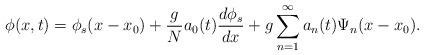
LaTeX: \begin{align*}\phi(x,t)=\phi_s(x-x_0)+\frac{g}{N} a_0(t) \frac{d\phi_s}{dx}+g \sum_{n=1}^{\infty} a_n(t) \Psi_n(x-x_0).\end{align*}